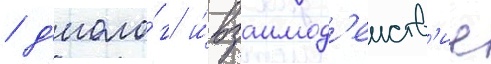
/ д'иало́г и́ взаимод'еиств'ие